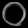
Digit: ၀